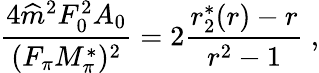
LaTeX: \frac{4\widehat m^{2}F_{0}^{2}A_{0}}{(F_{\pi}M_{\pi}^{*})^{2}}=2\frac{r_{2}^{*}(r)-r}{r^{2}-1}\ ,